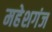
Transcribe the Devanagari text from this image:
महेशगंज